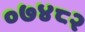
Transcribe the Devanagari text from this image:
०७४८२